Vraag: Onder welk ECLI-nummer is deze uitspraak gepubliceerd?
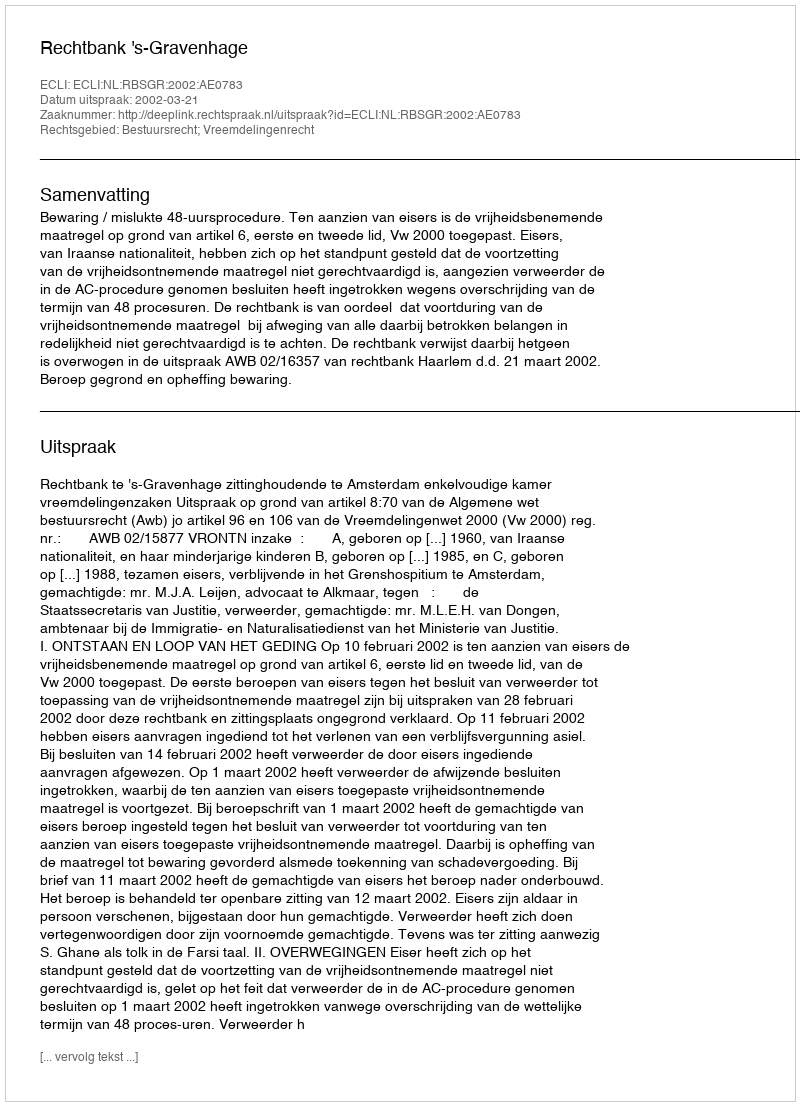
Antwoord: ECLI:NL:RBSGR:2002:AE0783